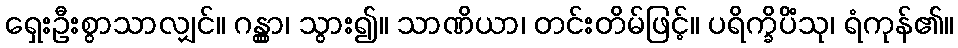
ရှေးဦးစွာသာလျှင်။ ဂန္တွာ၊ သွား၍။ သာဏိယာ၊ တင်းတိမ်ဖြင့်။ ပရိက္ခိပိံသု၊ ရံကုန်၏။